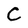
Character: C